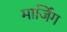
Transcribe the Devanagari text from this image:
मार्जिंग